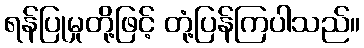
ရန်ပြုမှုတို့ဖြင့် တုံ့ပြန်ကြပါသည်။